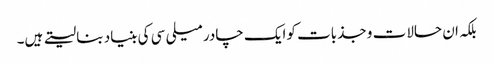
بلکہ ان حالات و جذبات کوایک چادر میلی سی کی بنیاد بنا لیتے ہیں۔